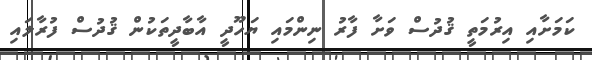
ކަމަށާއި އިރުމަތީ ޤުދުސް ވަށާ ފާރު ނިންމައި ޔަހޫދީ އާބާދީތަކުން ޤުދުސް ފުރާލައި